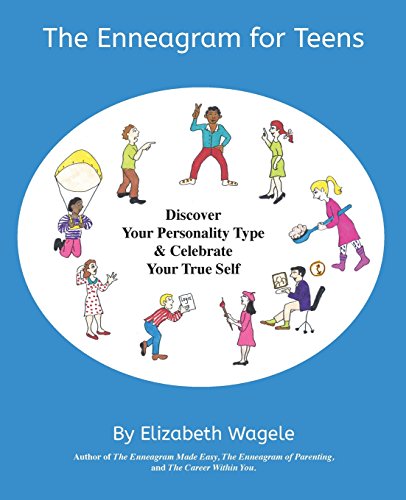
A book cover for The Enneagram for Teens: Discover Your Personality Type and Celebrate Your True Self; Elizabeth Wagele; Health, Fitness & Dieting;